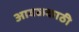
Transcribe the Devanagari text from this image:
आवळकाठी